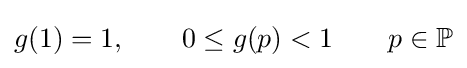
g(1)=1,\qquad 0\leq g(p)<1\qquad p\in \mathbb {P}